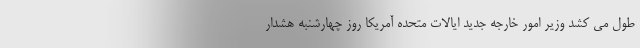
طول می کشد وزیر امور خارجه جدید ایالات متحده آمریکا روز چهارشنبه هشدار